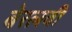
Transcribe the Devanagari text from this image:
बेरलवी